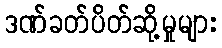
ဒဏ်ခတ်ပိတ်ဆို့မှုများ